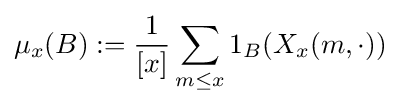
\mu _{x}(B):={\frac {1}{[x]}}\sum \limits _{m\leq x}1_{B}(X_{x}(m,\cdot ))